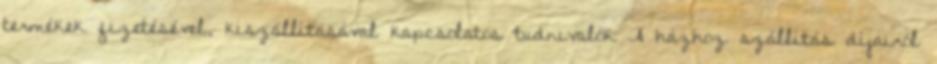
termékek fizetésével, kiszállításával kapcsolatos tudnivalók A házhoz szállítás díjairól